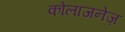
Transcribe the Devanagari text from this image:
कोलाजनेज़